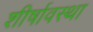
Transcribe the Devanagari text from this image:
शीर्षावस्था